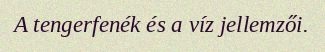
A tengerfenék és a víz jellemzői.